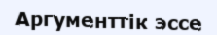
Аргументтік эссе